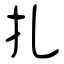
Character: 扎